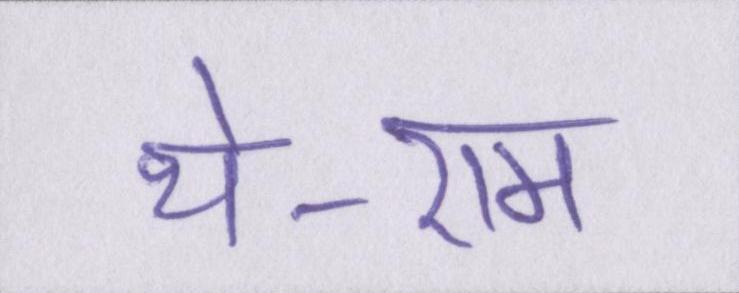
थे-राम